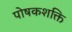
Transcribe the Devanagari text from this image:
पोषकशक्ति